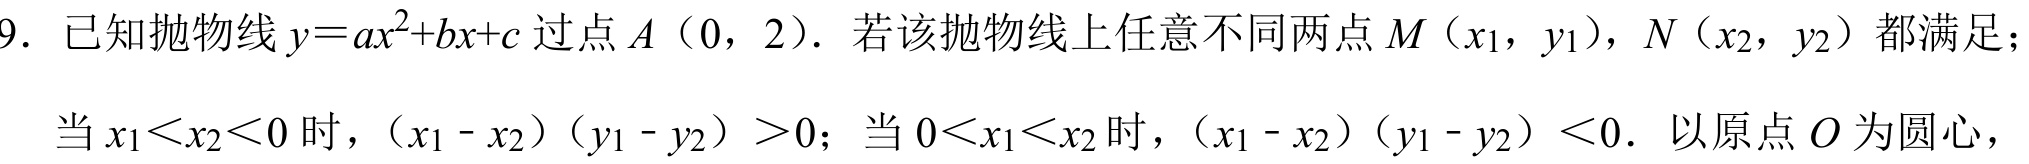
9. 已知抛物线\(y = ax^{2}+bx + c\)过点\(A(0,2)\). 若该抛物线上任意不同两点\(M(x_{1},y_{1})\)，\(N(x_{2},y_{2})\)都满足；当\(x_{1}<x_{2}<0\)时，\((x_{1}-x_{2})(y_{1}-y_{2})>0\)；当\(0<x_{1}<x_{2}\)时，\((x_{1}-x_{2})(y_{1}-y_{2})<0\). 以原点\(O\)为圆心，